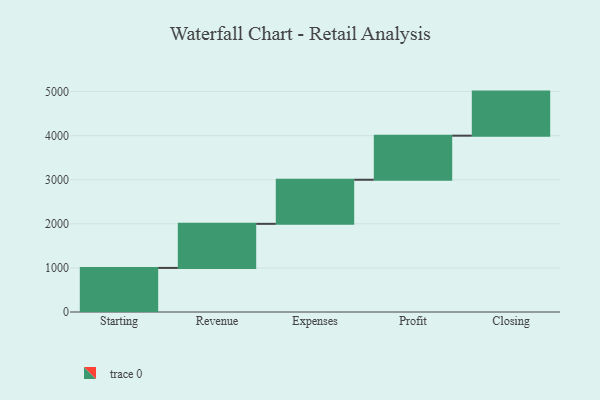
{"axis": {"x": "Step", "y": "Value"}, "legend": [""], "data": [{"x": "Starting", "y": 1000, "type": ""}, {"x": "Revenue", "y": 1000, "type": ""}, {"x": "Expenses", "y": 1000, "type": ""}, {"x": "Profit", "y": 1000, "type": ""}, {"x": "Closing", "y": 1000, "type": ""}]}